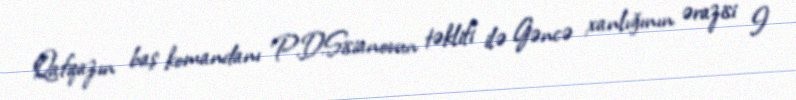
Qafqazın baş komandanı P.D.Sisianovun təklifi ilə Gəncə xanlığının ərazisi I